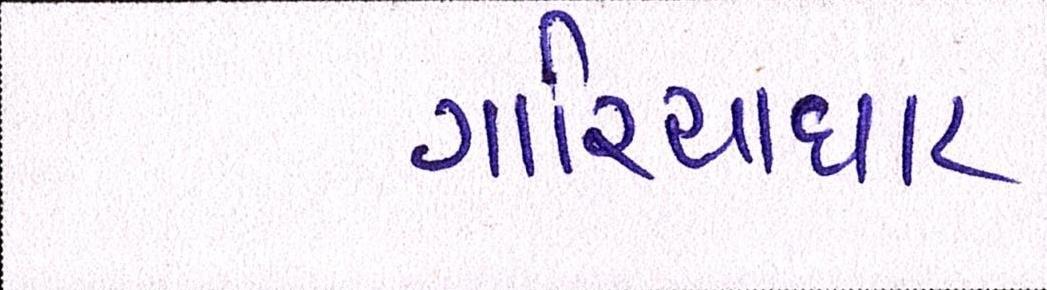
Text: ગારિયાધાર